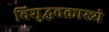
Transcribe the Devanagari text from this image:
विशुद्धचक्राख्ये